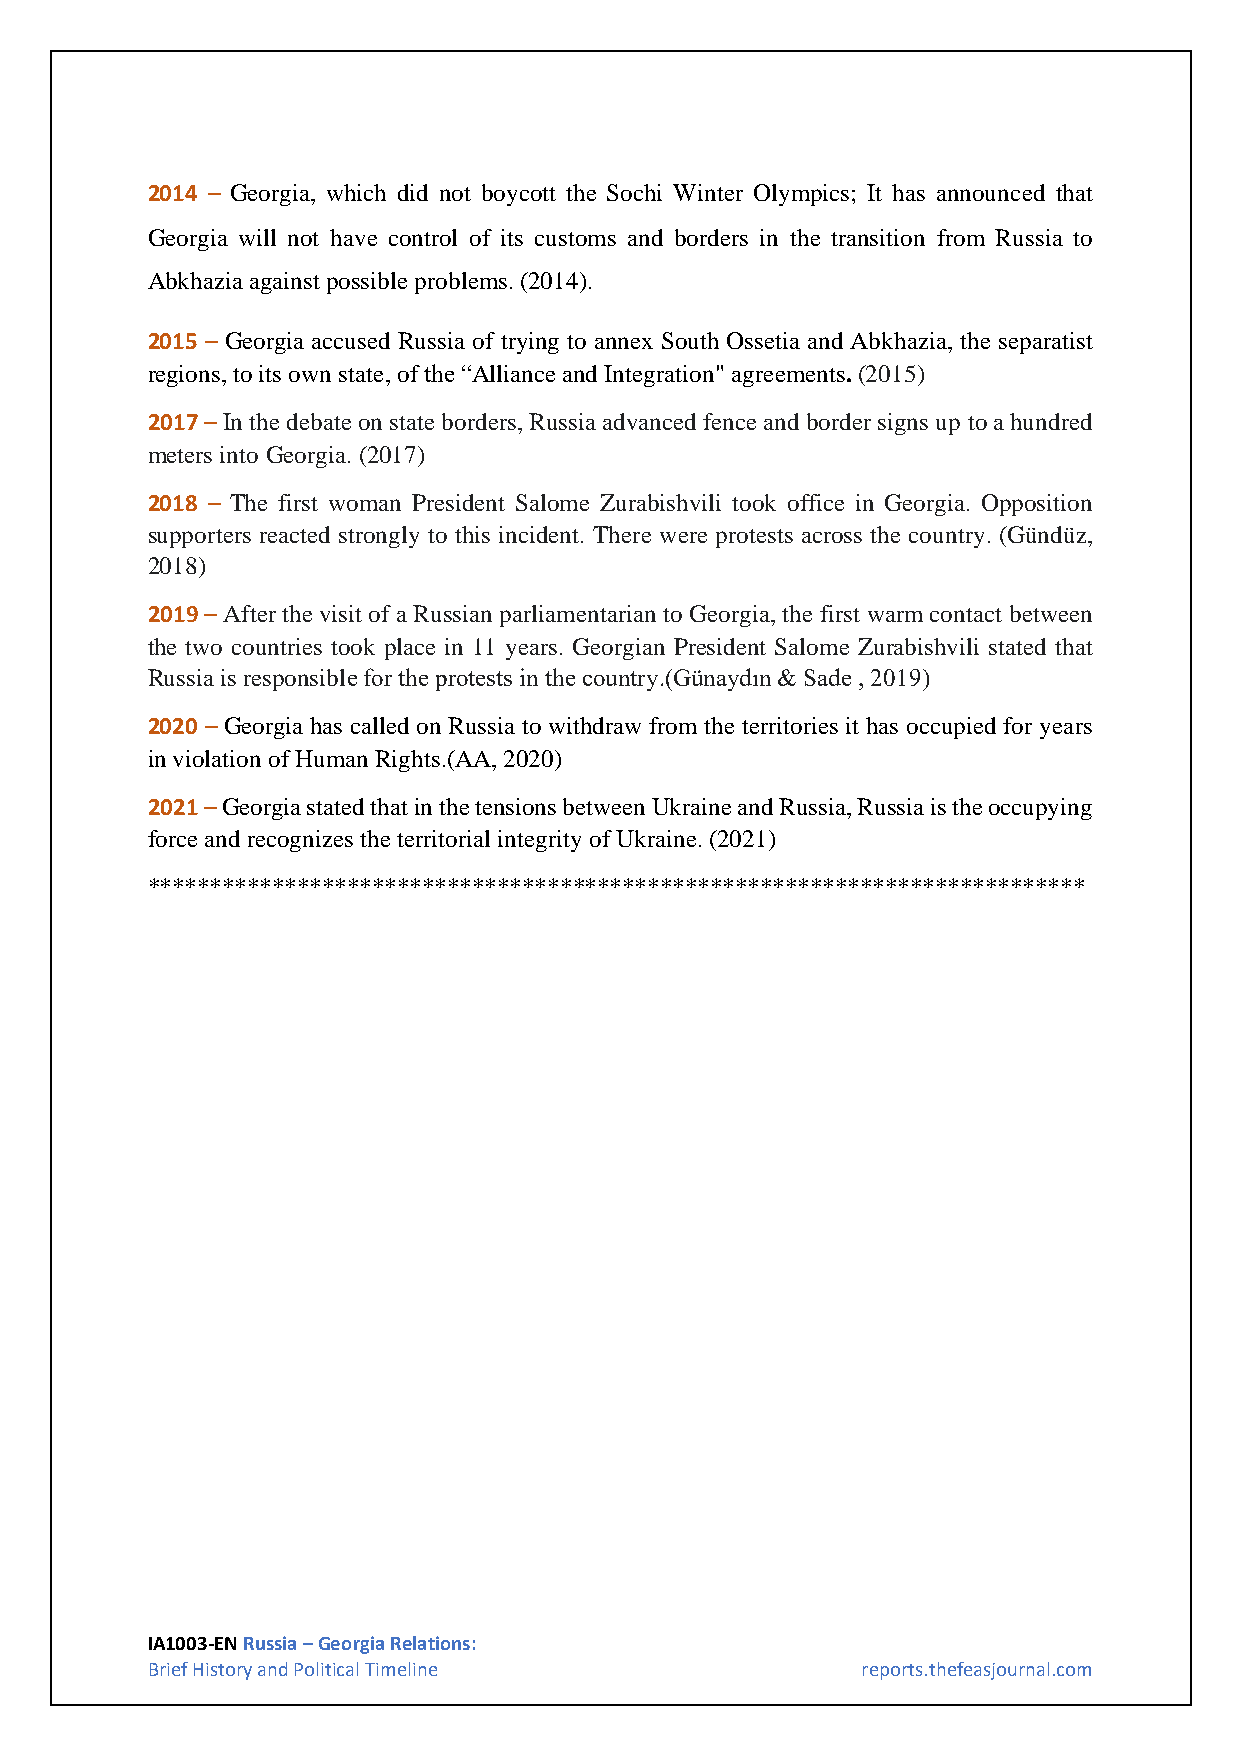
2014 – Georgia, which did not boycott the Sochi Winter Olympics; It has announced that
 Georgia will not have control of its customs and borders in the transition from Russia to
 Abkhazia against possible problems. (2014).
 2015 – Georgia accused Russia of trying to annex South Ossetia and Abkhazia, the separatist
 regions, to its own state, of the “Alliance and Integration" agreements. (2015)
 2017 – In the debate on state borders, Russia advanced fence and border signs up to a hundred
 meters into Georgia. (2017)
 2018 – The first woman President Salome Zurabishvili took office in Georgia. Opposition
 supporters reacted strongly to this incident. There were protests across the country. (Gündüz,
 2018)
 2019 – After the visit of a Russian parliamentarian to Georgia, the first warm contact between
 the two countries took place in 11 years. Georgian President Salome Zurabishvili stated that
 Russia is responsible for the protests in the country.(Günaydın & Sade , 2019)
 2020 – Georgia has called on Russia to withdraw from the territories it has occupied for years
 in violation of Human Rights.(AA, 2020)
 2021 – Georgia stated that in the tensions between Ukraine and Russia, Russia is the occupying
 force and recognizes the territorial integrity of Ukraine. (2021)
 ***************************************************************************
 IA1003-EN Russia – Georgia Relations:
 Brief History and Political Timeline           reports.thefeasjournal.com